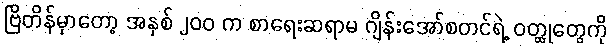
ဗြိတိန်မှာတော့ အနှစ် ၂၀၀ က စာရေးဆရာမ ဂျိန်းအော်စတင်ရဲ့ ဝတ္ထုတွေကို